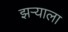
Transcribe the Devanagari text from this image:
झऱ्याला